画像に写った文字を読んでください
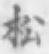
「松」と書いてあります